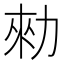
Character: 勑